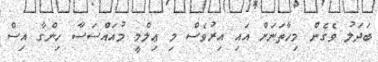
ބަދަލު ވެގެން މިހާތަނަށް އައި އިރުވެސް މި ޢިލްމީ މުއައްސަސާ ހިންގާ އިސް